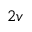
_ { 2 v }